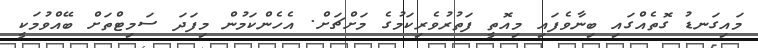
މައިގަނޑު ގޮތެއްގައި ބިނާވެފައި މިއޮތީ ފަތުރުވެރިކަމުގެ މަށްޗަށް. އެހެންކަމުން މިފަދަ ސަމިޓްތަށް ބޭއްވުމަކީ